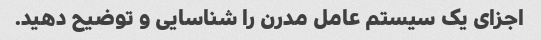
اجزای یک سیستم عامل مدرن را شناسایی و توضیح دهید.